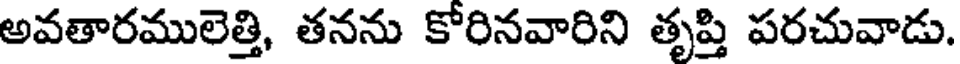
అవతారములెత్తి, తనను కోరినవారిని తృప్తి పరచువాడు.